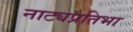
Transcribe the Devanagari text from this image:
नाट्यप्रतिभा